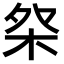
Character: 𣐦